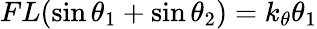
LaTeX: FL(\sin\theta_{1}+\sin\theta_{2})=k_{\theta}\theta_{1}